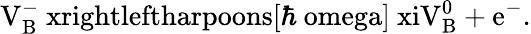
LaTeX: \mathrm{V_{B}^{-}\ xrightleftharpoons[\hbar\ omega]{\ xi}V_{B}^{0}+e^{-}.}